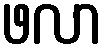
ဖလာ